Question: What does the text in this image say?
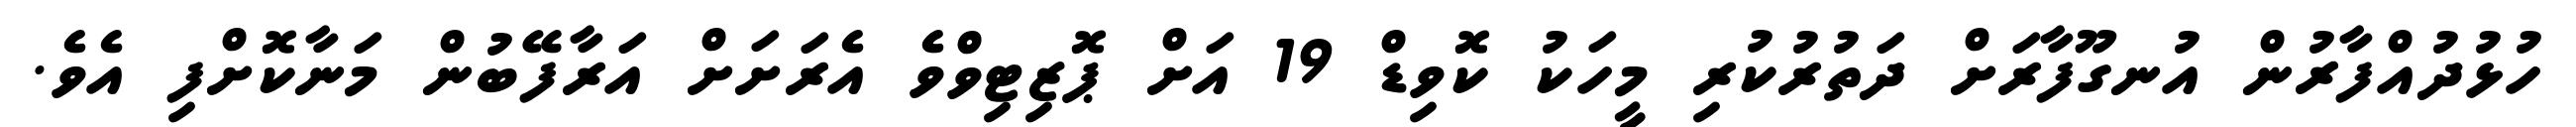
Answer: ހުޅުދުއްފާރުން އުނގޫފާރަށް ދަތުރުކުރި މީހަކު ކޮވިޑް 19 އަށް ޕޮޒިޓިވްވެ އެރަށަށް އަރާފޭބުން މަނާކޮށްފި އެވެ.